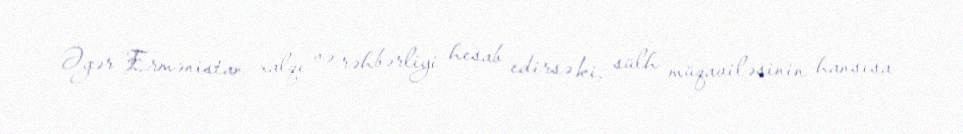
Əgər Ermənistan xalqı və rəhbərliyi hesab edirsə ki, sülh müqaviləsinin hansısa